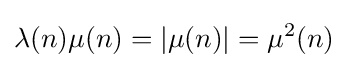
\lambda (n)\mu (n)=|\mu (n)|=\mu ^{2}(n)